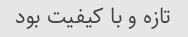
تازه و با کیفیت بود